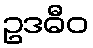
ဥဒဓီဝ